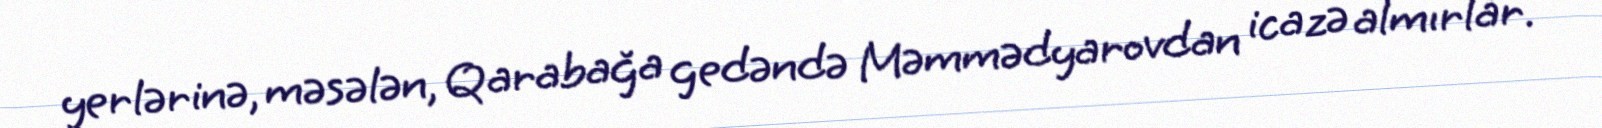
yerlərinə, məsələn, Qarabağa gedəndə Məmmədyarovdan icazə almırlar.